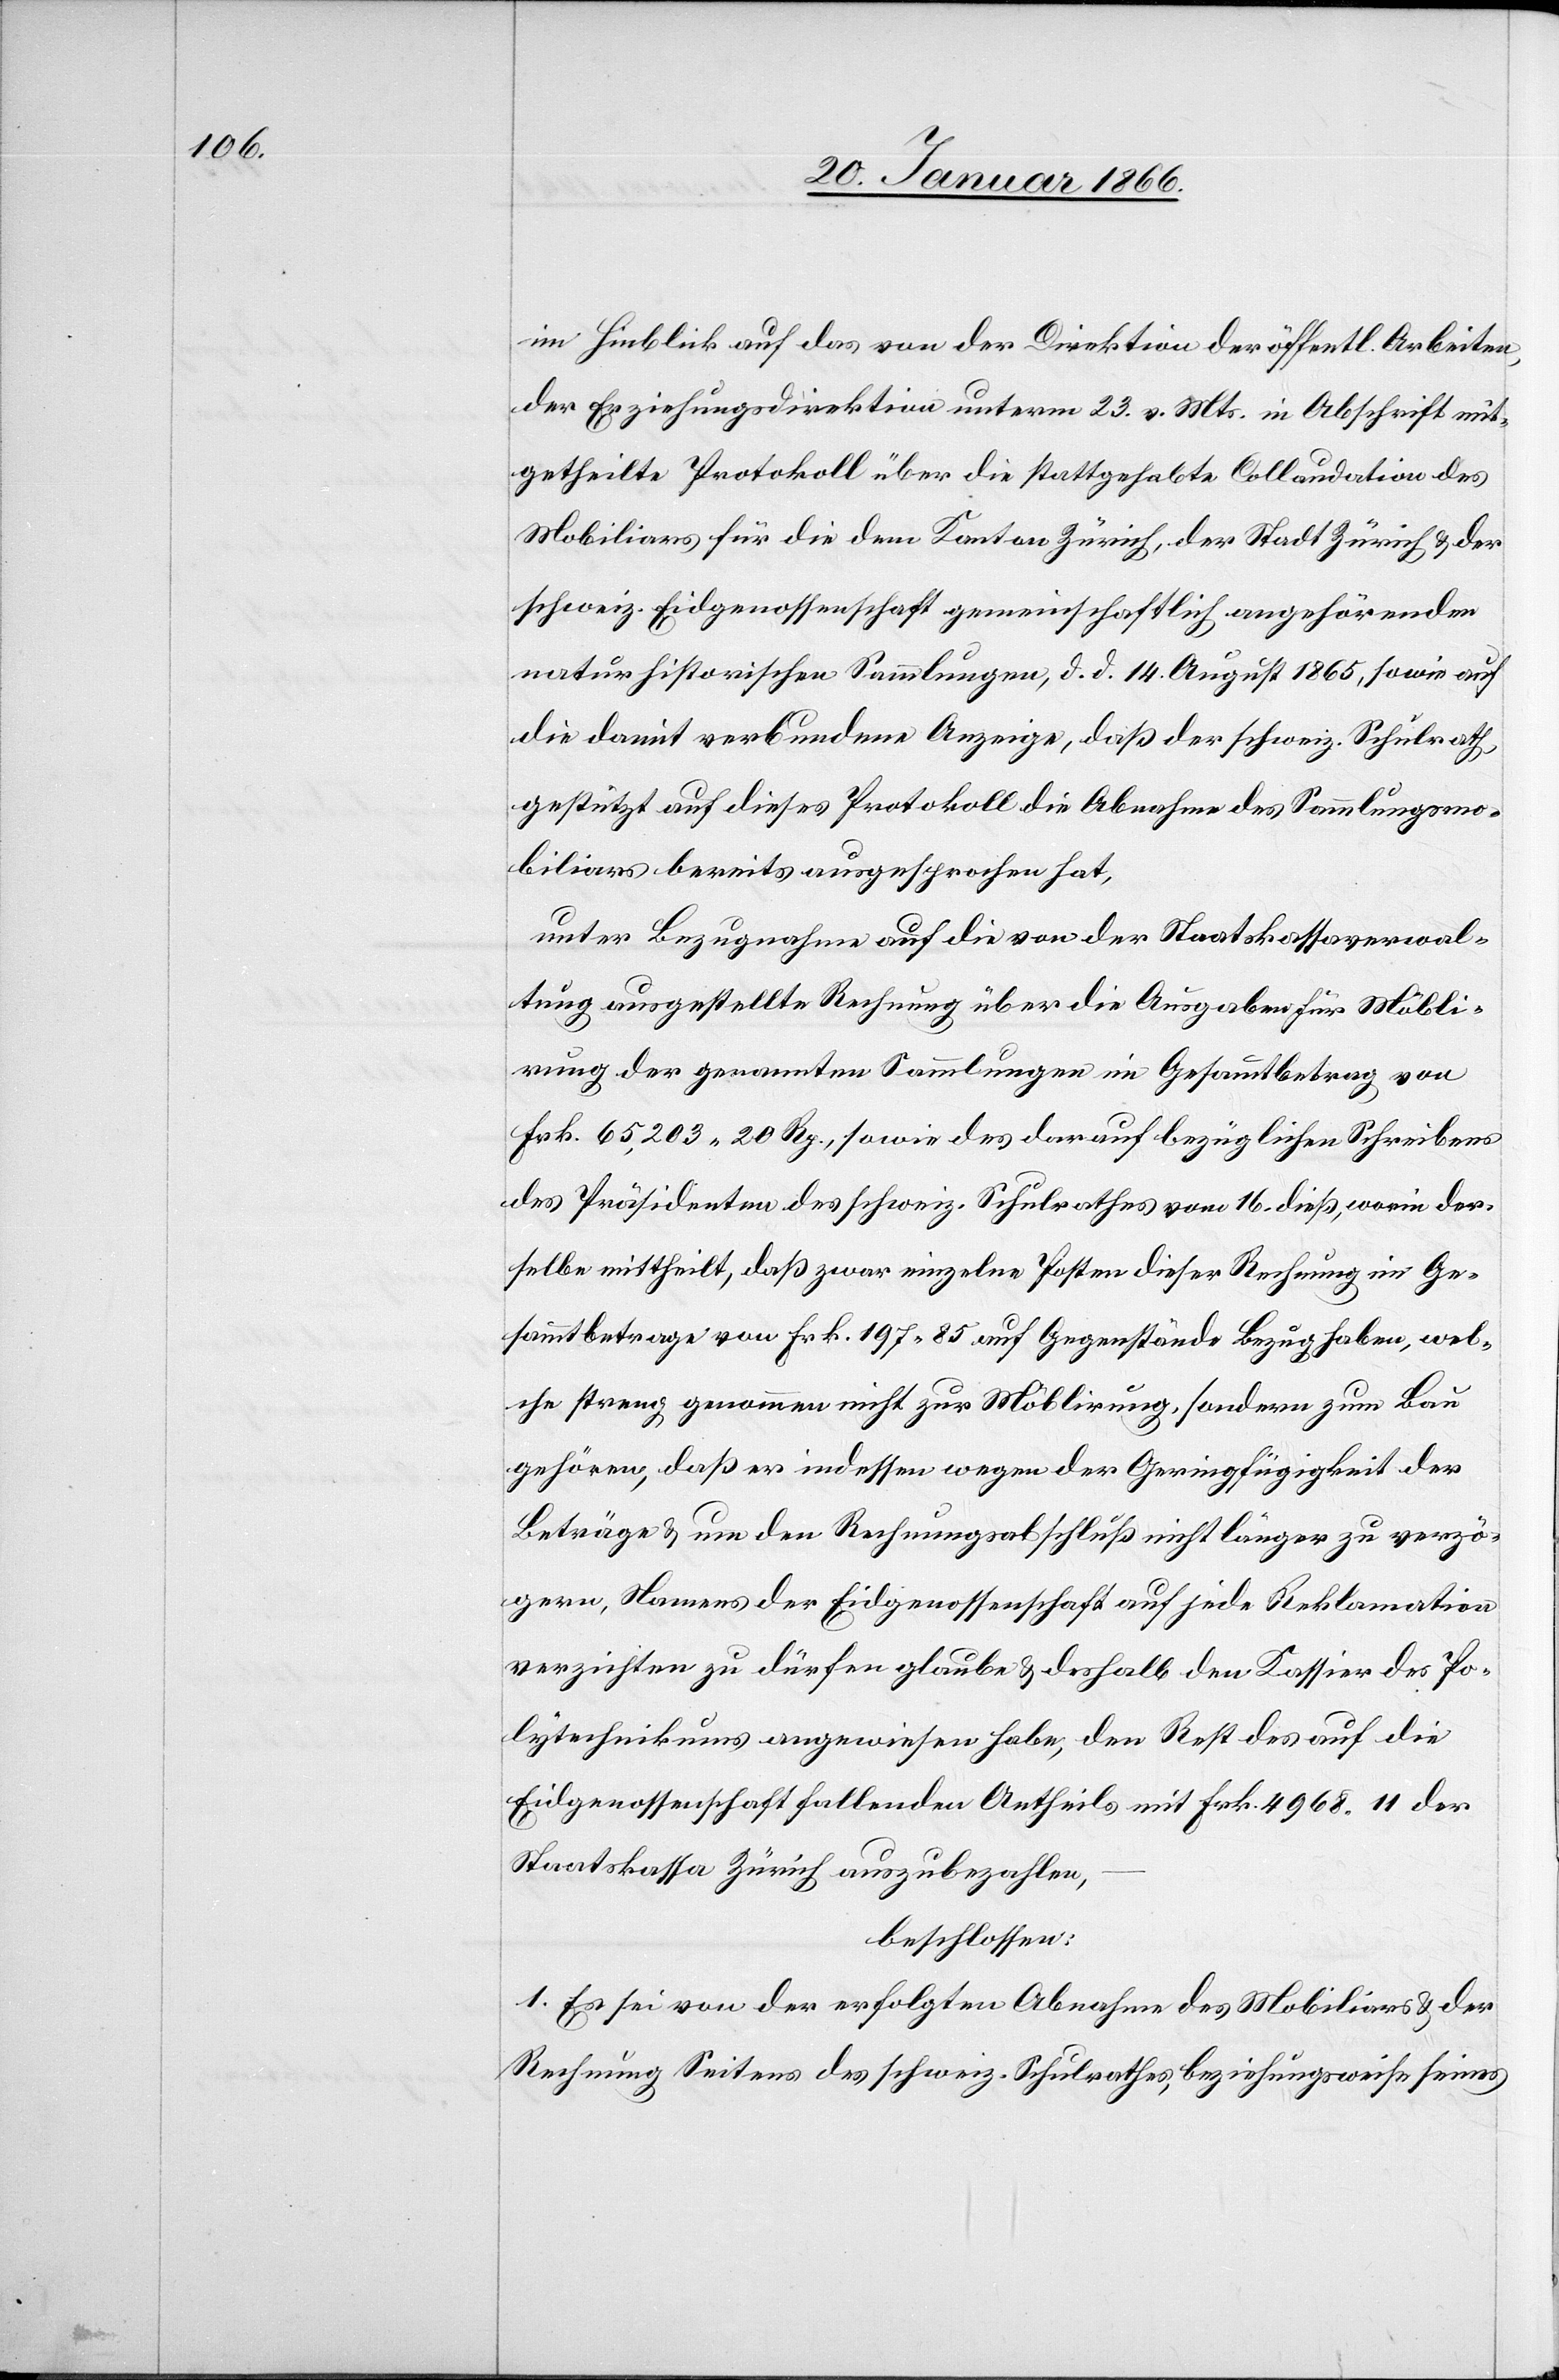
im Hinblick auf das von der Direktion der öffentl. Arbeiten
der Erziehungsdirektion unterm 23. v. Mts. in Abschrift mit¬
getheilte Protokoll über die stattgehabte Collaudation des
Mobiliars für die dem Kanton Zürich, der Stadt Zürich u. der
schweiz. Eidgenossenschaft gemeinschaftlich angehörenden
naturhistorischen Sammlungen, d. d. 14. August 1865, sowie auch
die damit verbundene Anzeige, daß der schweiz. Schulrath,
gestützt auf dieses Protokoll die Annahme des Sammlungsmo¬
biliars bereits ausgesprochen hat,
unter Bezugnahme auf die von der Staatskassaverwal¬
tung ausgestellte Rechnung über die Ausgaben für Möbli¬
rung der genannten Sammlungen im Gesammtbetrag von
Frk. 65,203 20 Rp., sowie des darauf bezüglichen Schreibens
des Präsidenten des schweiz. Schulrathes von 16. dieß, worin der¬
selbe mittheilt, daß zwar einzelne Posten dieser Rechnung im Ge¬
sammtbetrage von Frk. 197 85 auf Gegenstände Bezug haben, wel¬
che streng genommen nicht zur Möblirung, sondern zum Bau
gehören, daß er indessen wegen der Geringfügigkeit der
Beträge u. um den Rechnungsabschluß nicht länger zu verzö¬
gern, Namens der Eidgenossenschaft auf jede Reklamation
verzichten zu dürfen glaube u. deshalb den Kassier des Po¬
lytechnikums angewiesen habe, den Rest des auf die
Eidgenossenschaft fallenden Antheils mit Frk. 4968 11 der
Staatskassa Zürich auszubezahlen,
beschlossen:
1. Es sei von der erfolgten Abnahme des Mobiliars u. der
Rechnung Seitens des schweiz. Schulrathes, beziehungsweise seines